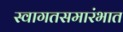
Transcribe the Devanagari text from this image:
स्वागतसमारंभात